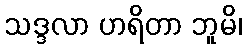
သဒ္ဒလာ ဟရိတာ ဘူမိ၊